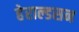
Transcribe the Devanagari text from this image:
हेराल्डसन